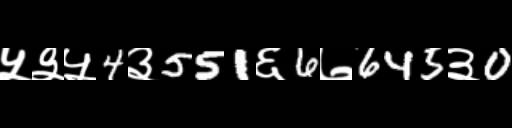
Text: ५३५4३551६6७645३0